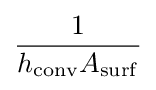
{\frac {1}{h_{\rm {conv}}A_{\rm {surf}}}}